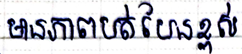
មានភាពបត់បែនខ្ពស់